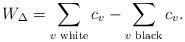
LaTeX: \begin{align*}W_{\Delta}=\sum_{v\textrm{ white}}c_v-\sum_{v\textrm{ black}}c_v.\end{align*}